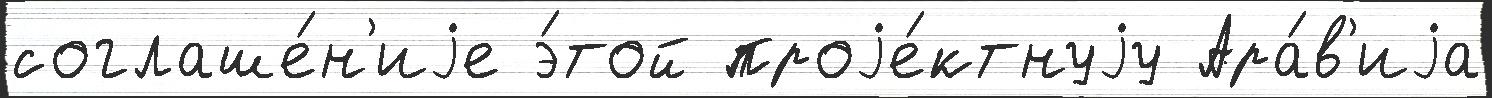
соглаше́н'иjе э́той проjе́ктнуjу Ара́в'иjа